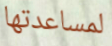
لمساعدتها